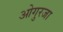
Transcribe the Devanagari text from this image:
ओगुरजा